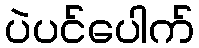
ပဲပင်ပေါက်